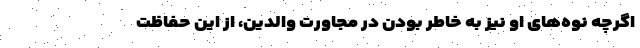
اگرچه نوه‌های او نیز به خاطر بودن در مجاورت والدین، از این حفاظت